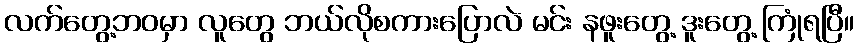
လက်တွေ့ဘဝမှာ လူတွေ ဘယ်လိုစကားပြောလဲ မင်း နဖူးတွေ့ ဒူးတွေ့ ကြုံရပြီ။